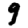
Digit: 9